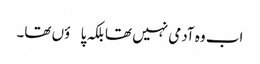
اب وہ آدمی نہیں تھا بلکہ پاؤں تھا۔